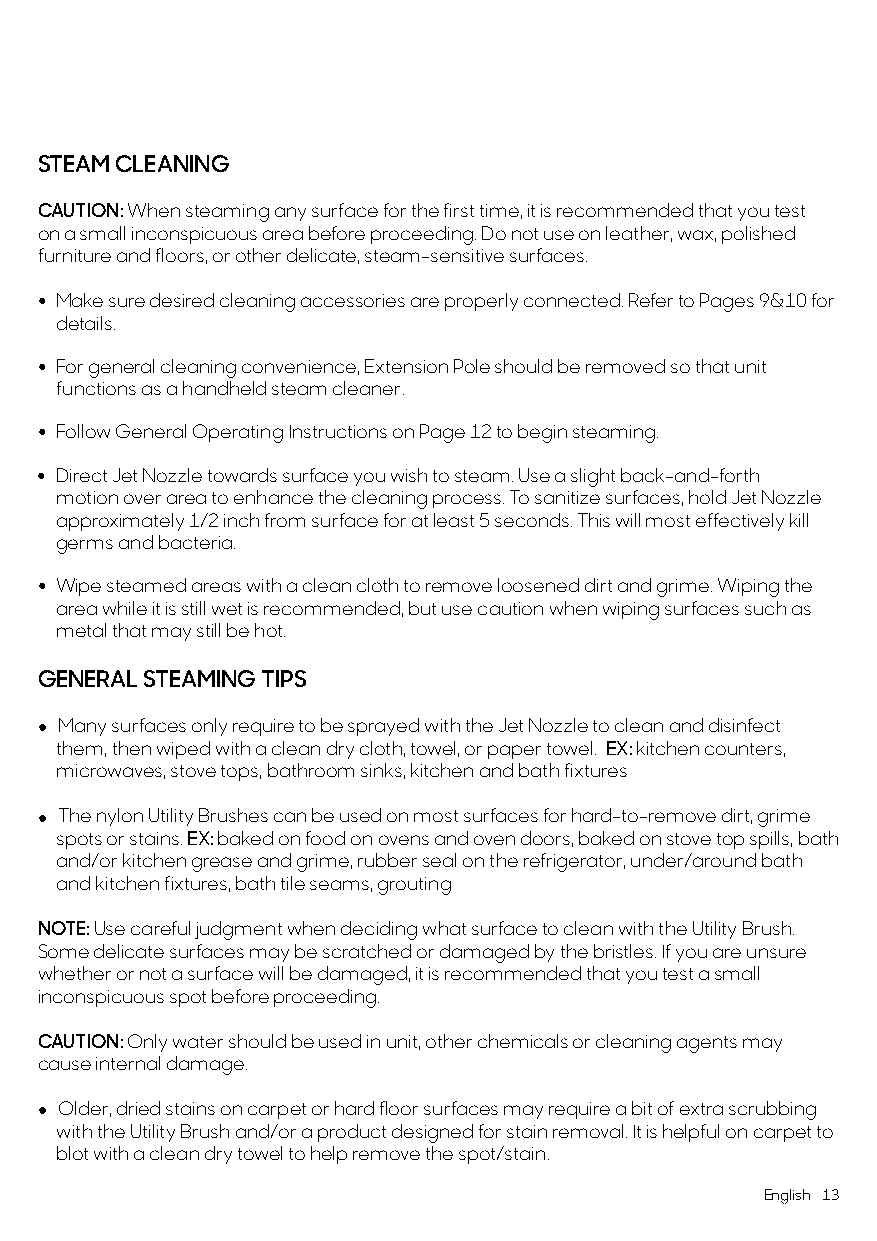
STEAM CLEANING
 CAUTION: When steaming any surface for the first time, it is recommended that you test
 on a small inconspicuous area before proceeding. Do not use on leather, wax, polished
 furniture and floors, or other delicate, steam-sensitive surfaces.
 • Make sure desired cleaning accessories are properly connected. Refer to Pages 9&10 for
 details.
 • For general cleaning convenience, Extension Pole should be removed so that unit
 functions as a handheld steam cleaner.
 • Follow General Operating Instructions on Page 12 to begin steaming.
 • Direct Jet Nozzle towards surface you wish to steam. Use a slight back-and-forth
 motion over area to enhance the cleaning process. To sanitize surfaces, hold Jet Nozzle
 approximately 1/2 inch from surface for at least 5 seconds. This will most effectively kill
 germs and bacteria.
 • Wipe steamed areas with a clean cloth to remove loosened dirt and grime. Wiping the
 area while it is still wet is recommended, but use caution when wiping surfaces such as
 metal that may still be hot.
 GENERAL STEAMING TIPS
 • Many surfaces only require to be sprayed with the Jet Nozzle to clean and disinfect
 them, then wiped with a clean dry cloth, towel, or paper towel. EX: kitchen counters,
 microwaves, stove tops, bathroom sinks, kitchen and bath fixtures
 • The nylon Utility Brushes can be used on most surfaces for hard-to-remove dirt, grime
 spots or stains. EX: baked on food on ovens and oven doors, baked on stove top spills, bath
 and/or kitchen grease and grime, rubber seal on the refrigerator, under/around bath
 and kitchen fixtures, bath tile seams, grouting
 NOTE: Use careful judgment when deciding what surface to clean with the Utility Brush.
 Some delicate surfaces may be scratched or damaged by the bristles. If you are unsure
 whether or not a surface will be damaged, it is recommended that you test a small
 inconspicuous spot before proceeding.
 CAUTION: Only water should be used in unit, other chemicals or cleaning agents may
 cause internal damage.
 • Older, dried stains on carpet or hard floor surfaces may require a bit of extra scrubbing
 with the Utility Brush and/or a product designed for stain removal. It is helpful on carpet to
 blot with a clean dry towel to help remove the spot/stain.
 English 13